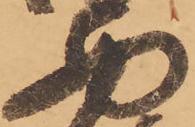
西